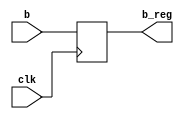
module B_reg(clk,b,b_reg);
  input clk;
  input[31:0] b;
  output reg[31:0] b_reg;
  always@(posedge clk)
    b_reg<=b;
endmodule